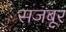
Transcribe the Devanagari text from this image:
सजबूर